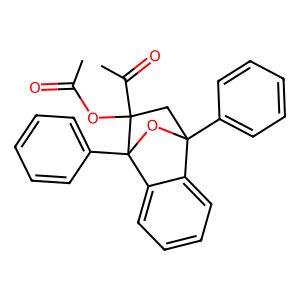
SMILES: CC(=O)OC1(C(C)=O)CC2(c3ccccc3)OC1(c1ccccc1)c1ccccc12
Inhibits HIV replication: No